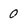
Character: 0